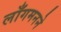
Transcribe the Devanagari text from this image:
लाँगमनने